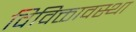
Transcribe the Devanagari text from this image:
विविक्तावस्था